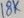
Text: 18K